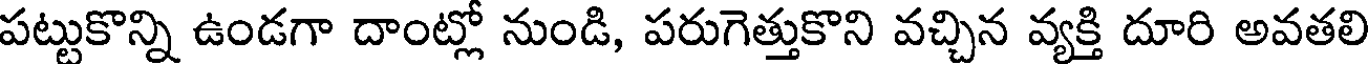
పట్టుకొన్ని ఉండగా దాంట్లో నుండి, పరుగెత్తుకొని వచ్చిన వ్యక్తి దూరి అవతలి